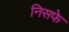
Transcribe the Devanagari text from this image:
निसफे